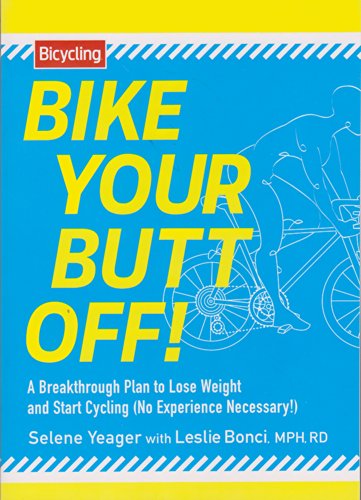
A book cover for Bike Your Butt Off!: A Breakthrough Plan to Lose Weight and Start Cycling (No Experience Necessary!); Selene Yeager; Sports & Outdoors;